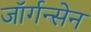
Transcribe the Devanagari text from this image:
जॉर्गन्सेन